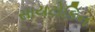
સાયટોકિન